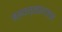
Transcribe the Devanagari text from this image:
बसवन्नाभगवान